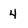
Character: 4